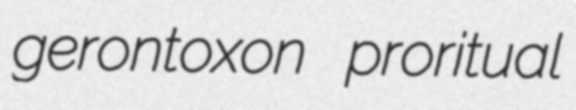
gerontoxon proritual